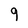
Character: 9